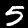
Label: 5